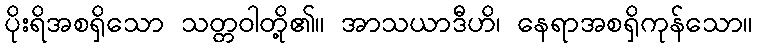
ပိုးရိအစရှိသော သတ္တဝါတို့၏။ အာသယာဒီဟိ၊ နေရာအစရှိကုန်သော။